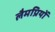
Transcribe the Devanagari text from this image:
लैमप्रियों